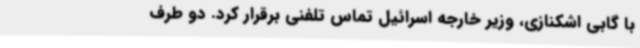
با گابی اشکنازی، وزیر خارجه اسرائیل تماس تلفنی برقرار کرد. دو طرف